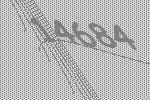
14684